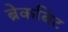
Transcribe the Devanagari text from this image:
ब्रेकबिट